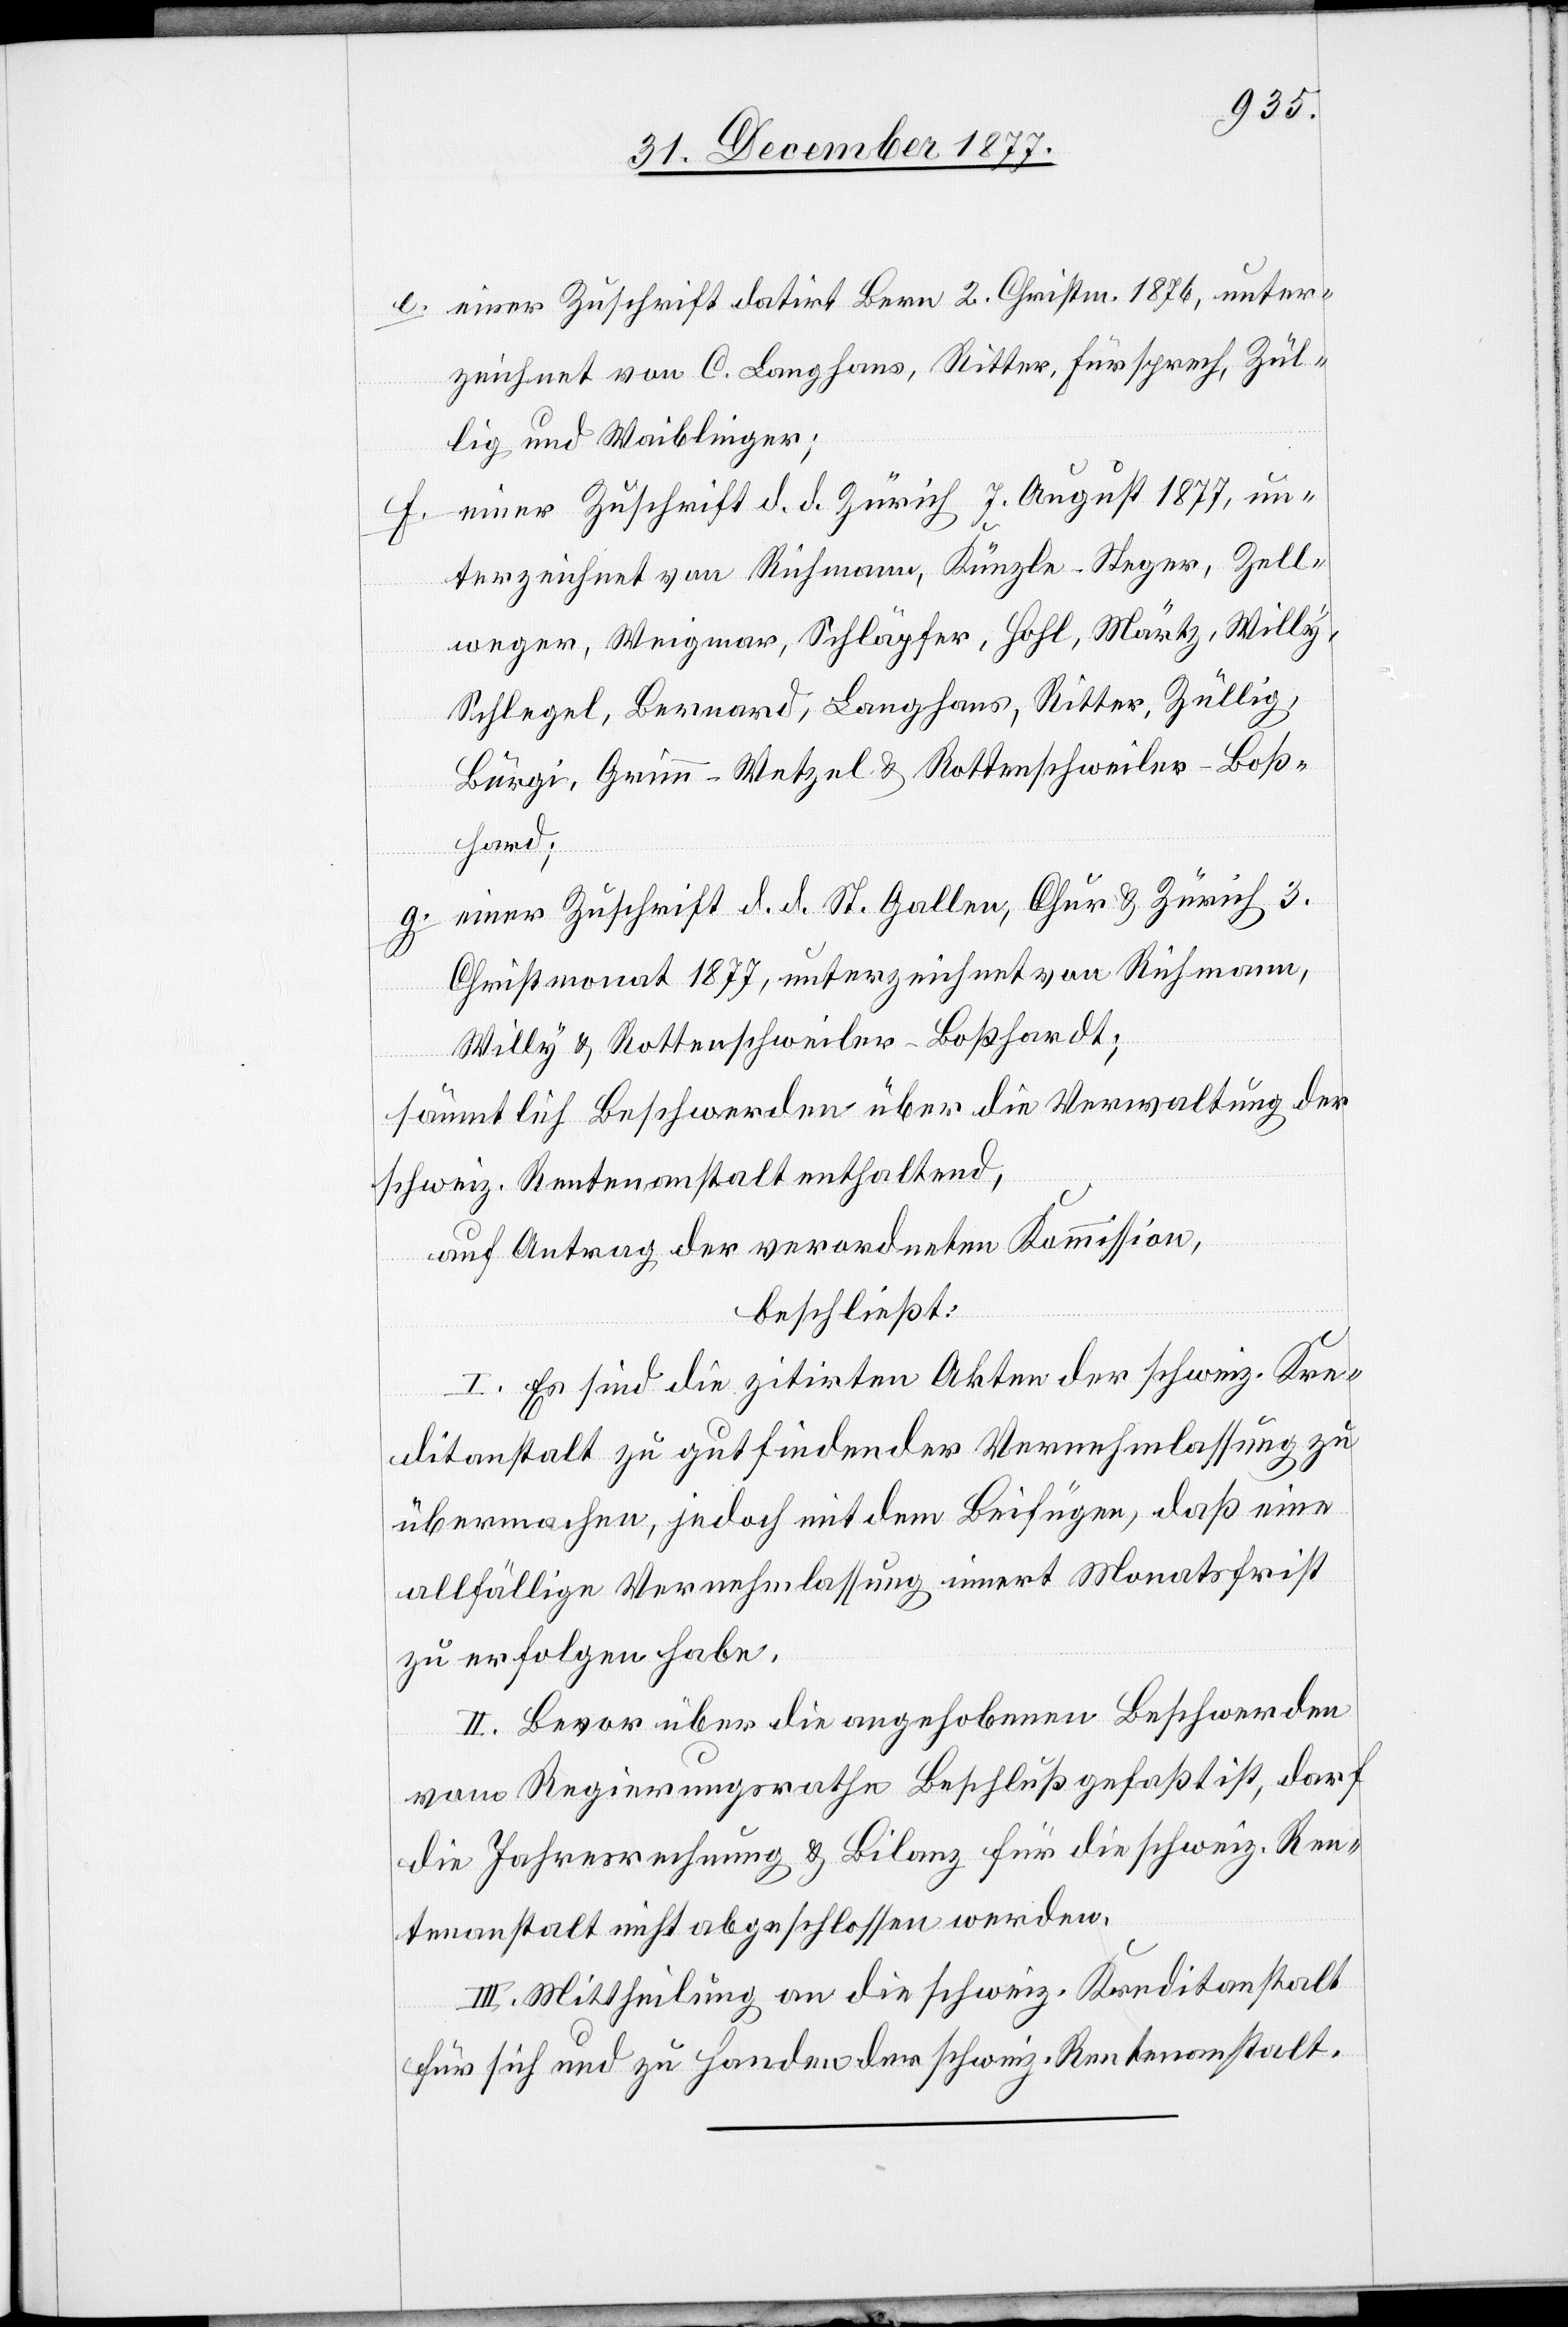
einer Zuschrift datirt Bern 2. Christm. 1876, unter¬
zeichnet von C. Langhans, Ritter, Fürsprech, Zül¬
lig und Waiblinger;
einer Zuschrift d. d. Zürich 7. August 1877, un¬
terzeichnet von Richmann, Künzle-Steger, Zell¬
weger, Weigmar, Schläpfer, Hohl, Märtz, Willy,
Schlegel, Bernard, Langhans, Ritter, Züllig,
Bürgi, Grimm-Wetzel & Rottenschweiler-Boß¬
hard;
einer Zuschrift d. d. St. Gallen, Chur & Zürich 3.
Christmonat 1877, unterzeichnet von Richmann,
Willy & Rottenschweiler-Boßhardt;
sämmtlich Beschwerden über die Verwaltung der
schweiz. Rentenanstalt enthaltend,
auf Antrag der verordneten Kommission,
beschließt:
I. Es sind die zitirten Akten der schweiz. Kre¬
ditanstalt zu gutfindender Vernehmlassung zu
übermachen, jedoch mit dem Beifügen, daß eine
allfällige Vernehmlassung innert Monatsfrist
zu erfolgen habe.
II. Bevor über die angehobenen Beschwerden
vom Regierungsrathe Beschluß gefaßt ist, darf
die Jahresrechnung & Bilanz für die schweiz. Ren¬
tenanstalt nicht abgeschlossen werden.
III. Mittheilung an die schweiz. Kreditanstalt
für sich und zu Handen der schweiz. Rentenanstalt.